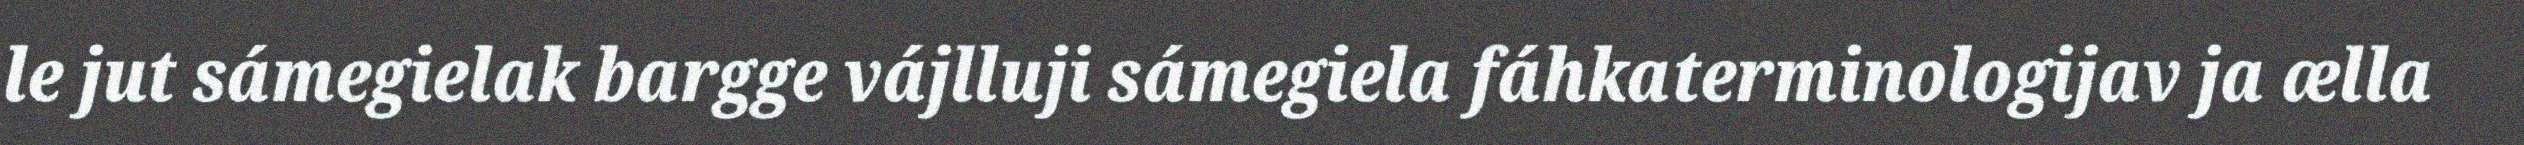
le jut sámegielak bargge vájlluji sámegiela fáhkaterminologijav ja ælla